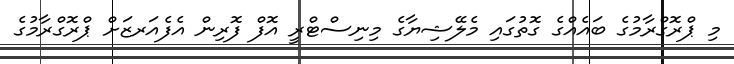
މި ޕްރޮގްރާމުގެ ބައެއްގެ ގޮތުގައި މެލޭޝިޔާގެ މިނިސްޓްރީ އޮފް ފޮރިން އެފެއަރޒަށް ޕްރޮގްރާމުގެ